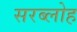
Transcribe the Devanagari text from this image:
सरब्लोह